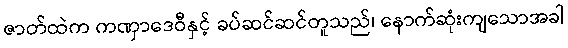
ဇာတ်ထဲက ကဏှာဒေဝီနှင့် ခပ်ဆင်ဆင်တူသည်၊ နောက်ဆုံးကျသောအခါ